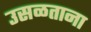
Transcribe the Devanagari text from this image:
उसळताना